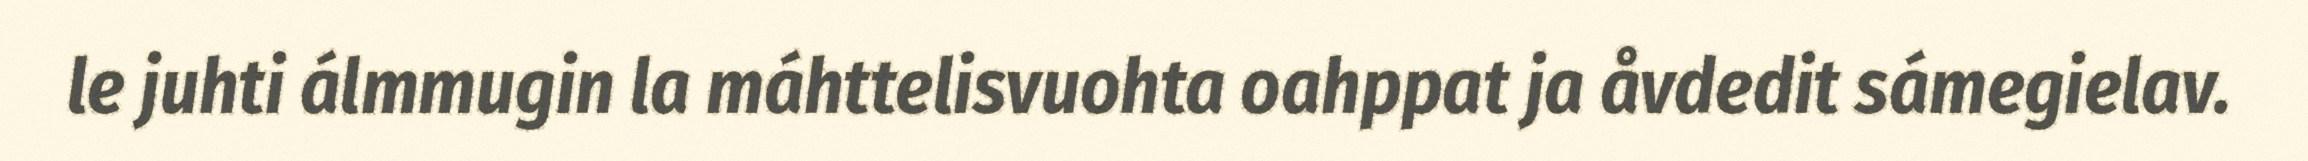
le juhti álmmugin la máhttelisvuohta oahppat ja åvdedit sámegielav.